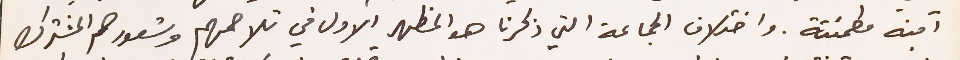
آمنه مطمئنة. واختلاف الجماعة التي ذكرنا هو المظهر الأول في تلاحمهم وشعورهم المشترك